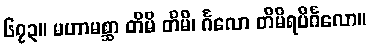
၆၇၃။ မဟာမစ္ဆာ တိမိ တိမိ၊ င်္ဂလော တိမိရပိင်္ဂလော။